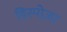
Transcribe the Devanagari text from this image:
डिस्पोज़र